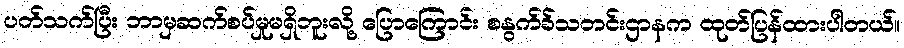
ပတ်သက်ပြီး ဘာမှဆက်စပ်မှုမရှိဘူးလို့ ပြောကြောင်း စနွက်ခ်သတင်းဌာနက ထုတ်ပြန်ထားပါတယ်။